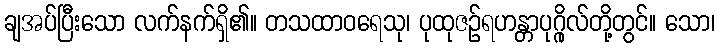
ချအပ်ပြီးသော လက်နက်ရှိ၏။ တသထာဝရေသု၊ ပုထုဇဉ်ရဟန္တာပုဂ္ဂိုလ်တို့တွင်။ သော၊